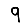
Digit: 9